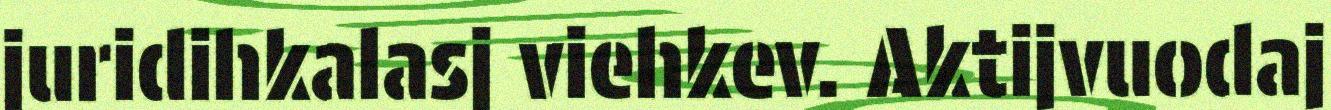
juridihkalasj viehkev. Aktijvuodaj